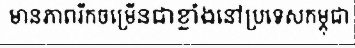
មានភាពរីកចម្រើនជាខ្លាំងនៅប្រទេសកម្ពុជា